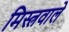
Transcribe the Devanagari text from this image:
मिस्त्रवाले